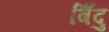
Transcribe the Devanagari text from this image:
बिँदु